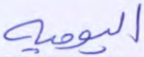
اليومية